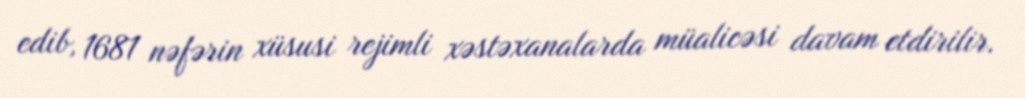
edib, 1681 nəfərin xüsusi rejimli xəstəxanalarda müalicəsi davam etdirilir.